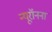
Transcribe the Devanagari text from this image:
न्यूरॉनना